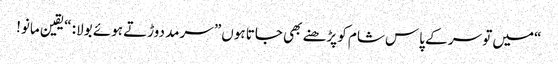
“میں تو سر کے پاس شام کو پڑھنے بھی جاتا ہوں” سرمد دوڑتے ہوئے بولا: “یقین مانو!